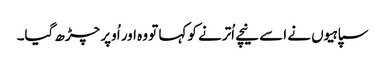
سپاہیوں نے اسے نیچے اُترنے کو کہا تو وہ اور اُوپر چڑھ گیا۔